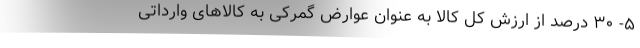
۵- ۳۰ درصد از ارزش کل کالا به عنوان عوارض گمرکی به کالاهای وارداتی